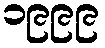
၁၉၉၉